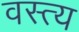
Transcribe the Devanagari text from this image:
वस्त्य